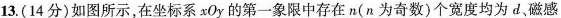
13.(14分)如图所示，在坐标系xOy的第一象限中存在n(n为奇数)个宽度均为d、磁感